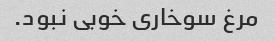
مرغ سوخاری خوبی نبود.